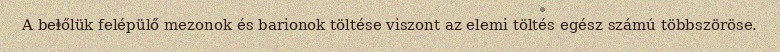
A belőlük felépülő mezonok és barionok töltése viszont az elemi töltés egész számú többszöröse.